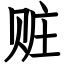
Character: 赃